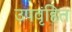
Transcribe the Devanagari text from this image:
उपवृंहित